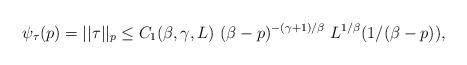
LaTeX: \begin{align*} \psi_{\tau}(p) = ||\tau||_p \le C_1(\beta,\gamma,L) \ (\beta - p)^{-(\gamma + 1)/\beta} \ L^{1/\beta}(1/(\beta - p)),\end{align*}